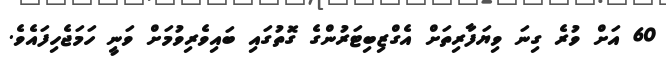
60 އަށް ވުރެ ގިނަ ވިޔަފާރިތަށް އެގްޒިބިޓަރުންގެ ގޮތުގައި ބައިވެރިވުމަށް ވަނީ ހަމަޖެހިފައެވެ.